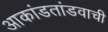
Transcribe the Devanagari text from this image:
आकांडतांडवाची